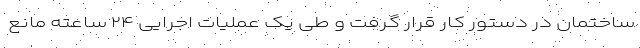
ساختمان در دستور کار قرار گرفت و طی یک عملیات اجرایی ۲۴ ساعته مانع